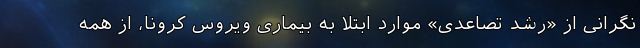
نگرانی از «رشد تصاعدی» موارد ابتلا به بیماری ویروس کرونا، از همه